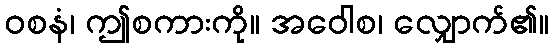
ဝစနံ၊ ဤစကားကို။ အဝေါစ၊ လျှောက်၏။